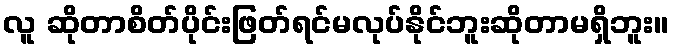
လူ ဆိုတာစိတ်ပိုင်းဖြတ်ရင်မလုပ်နိုင်ဘူးဆိုတာမရှိဘူး။